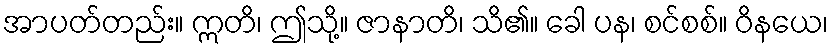
အာပတ်တည်း။ ဣတိ၊ ဤသို့။ ဇာနာတိ၊ သိ၏။ ခေါ ပန၊ စင်စစ်။ ဝိနယေ၊